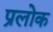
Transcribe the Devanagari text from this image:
प्रलोक